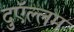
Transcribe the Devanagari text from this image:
दुऍल्लम